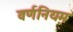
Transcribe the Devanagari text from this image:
वर्णनियम